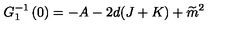
G _ { 1 } ^ { - 1 } \left( 0 \right) = - A - 2 d ( J + K ) + \widetilde { m } ^ { 2 }